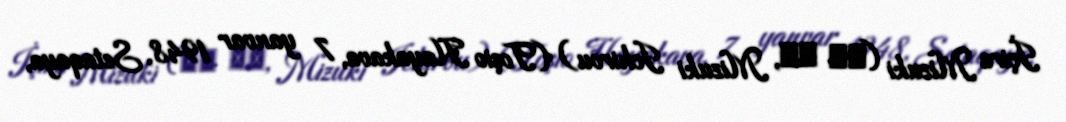
İçiro Mizuki (水木 一郎, Mizuki Ichirou) (Toşio Hayakava, 7 yanvar 1948, Setaqaya,